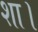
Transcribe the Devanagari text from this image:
शा।